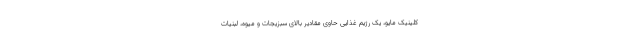
کلینیک مایو، یک رژیم غذایی حاوی مقادیر بالای سبزیجات و میوه، لبنیات